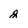
Character: 2